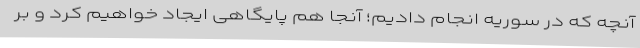
آنچه که در سوریه انجام دادیم؛ آنجا هم پایگاهی ایجاد خواهیم کرد و بر